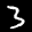
Label: 3